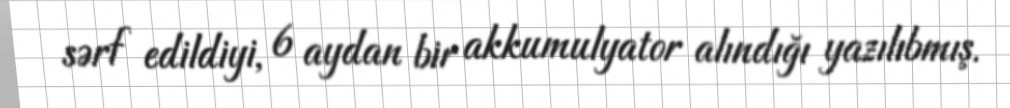
sərf edildiyi, 6 aydan bir akkumulyator alındığı yazılıbmış.